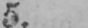
5.